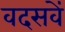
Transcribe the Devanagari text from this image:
वदसवें